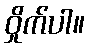
ဝှိုက်ပါ။